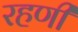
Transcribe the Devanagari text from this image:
रहणी